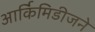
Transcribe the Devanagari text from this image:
आर्किमिडीजने